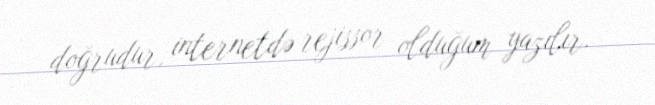
doğrudur, internetdə rejissor olduğum yazılır.